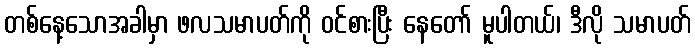
တစ်နေ့သောအခါမှာ ဖလသမာပတ်ကို ဝင်စားပြီး နေတော် မူပါတယ်၊ ဒီလို သမာပတ်